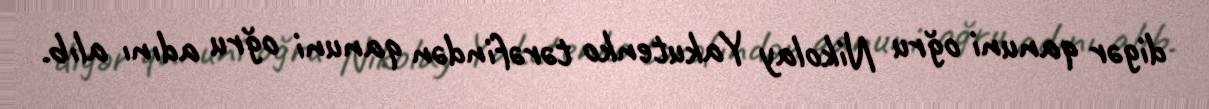
digər qanuni oğru Nikolay Yakutenko tərəfindən qanuni oğru adını alıb.